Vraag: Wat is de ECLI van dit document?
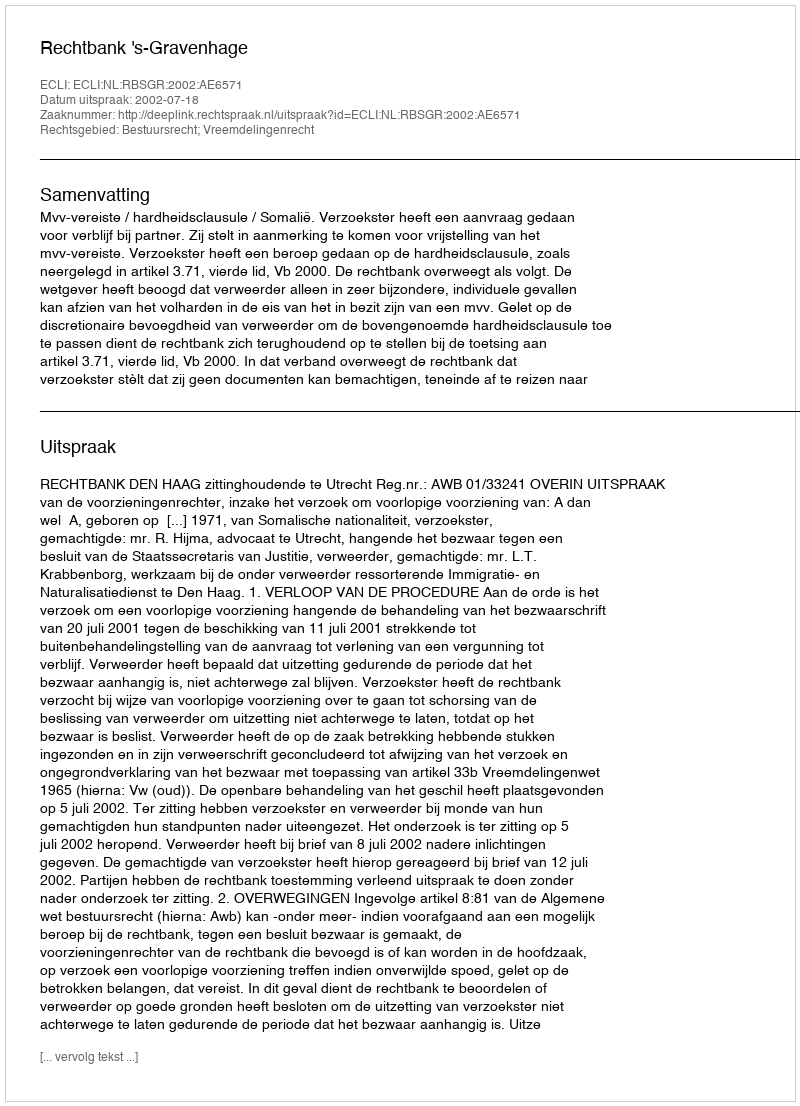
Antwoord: ECLI:NL:RBSGR:2002:AE6571